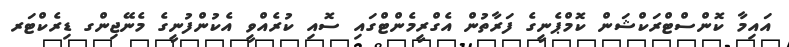
އައިމާ ކޮންސްޓްރަކްޝަން ކޮމްޕެނީގެ ފަރާތުން އެގްރީމެންޓްގައި ސޮއި ކުރެއްވީ އެކުންފުނީގެ މެނޭޖިންގ ޑިރެކްޓަރ